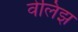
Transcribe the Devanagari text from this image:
वेलिझ